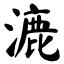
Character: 漉